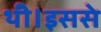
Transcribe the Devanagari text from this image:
थी।इससे